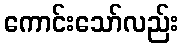
ကောင်းသော်လည်း